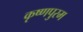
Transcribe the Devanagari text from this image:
कृष्णपुरम